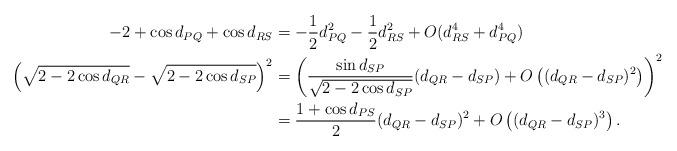
LaTeX: \begin{align*}- 2 + \cos d_{PQ} + \cos d_{RS} &= - \frac{1}{2} d_{PQ}^2 -\frac{1}{2} d_{RS}^2 + O( d_{RS}^4 + d_{PQ} ^4)\\\left(\sqrt{2-2\cos d_{QR}} - \sqrt{2-2\cos d_{SP}} \right)^2&=\left( \frac{ \sin d_{SP}}{\sqrt{2-2\cos d_{SP}}}(d_{QR} - d_{SP}) + O\left((d_{QR} - d_{SP})^2\right)\right)^2\\&= \frac{1+\cos d_{PS}}{2}(d_{QR} - d_{SP})^2 + O\left((d_{QR} - d_{SP})^3\right).\end{align*}